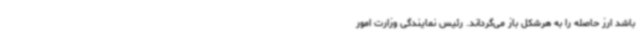
باشد ارز حاصله را به هرشکل باز می‌گرداند. رئیس نمایندگی وزارت امور